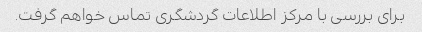
برای بررسی با مرکز اطلاعات گردشگری تماس خواهم گرفت.